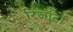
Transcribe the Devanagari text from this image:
रिजॉर्टों